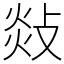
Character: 敥